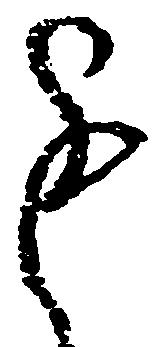
進